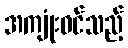
အကျုံးဝင်သည့်